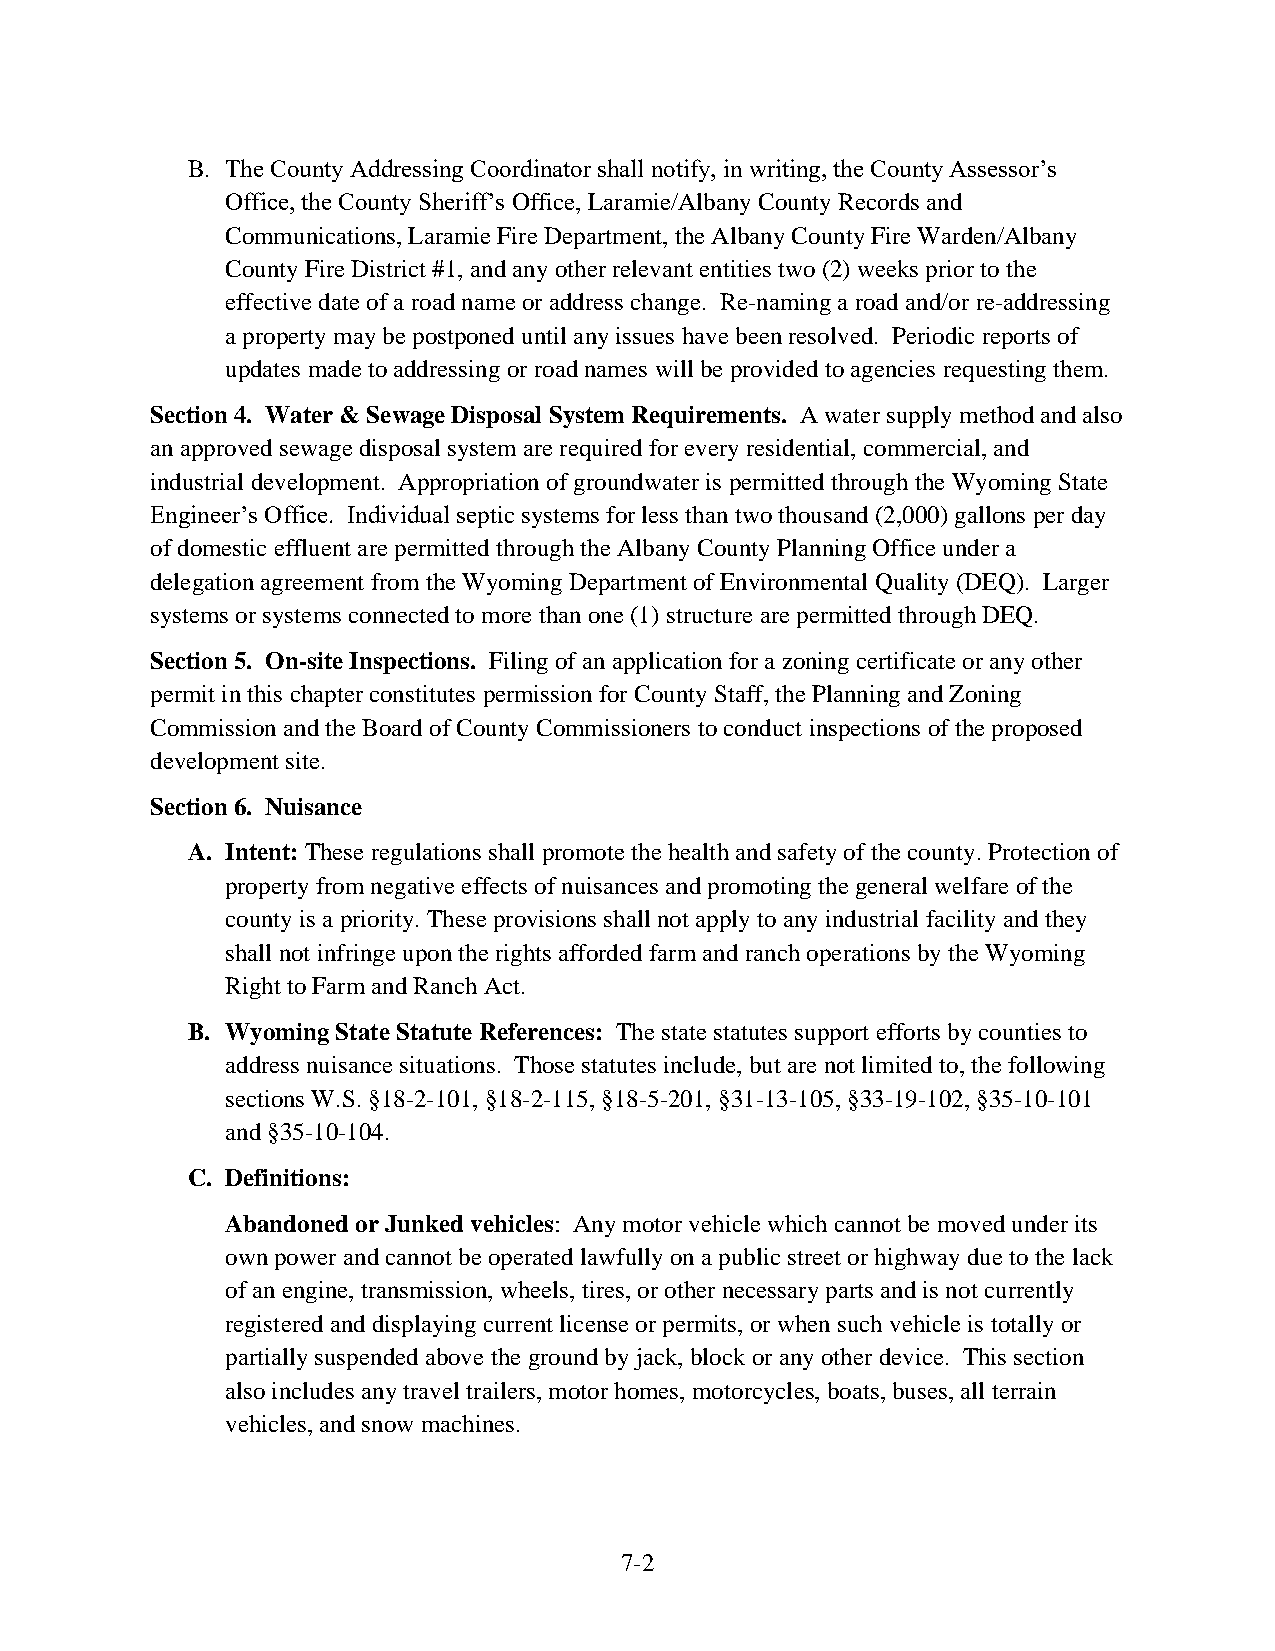
B. The County Addressing Coordinator shall notify, in writing, the County Assessor’s
 Office, the County Sheriff’s Office, Laramie/Albany County Records and
 Communications, Laramie Fire Department, the Albany County Fire Warden/Albany
 County Fire District #1, and any other relevant entities two (2) weeks prior to the
 effective date of a road name or address change. Re-naming a road and/or re-addressing
 a property may be postponed until any issues have been resolved. Periodic reports of
 updates made to addressing or road names will be provided to agencies requesting them.
 Section 4. Water & Sewage Disposal System Requirements. A water supply method and also
 an approved sewage disposal system are required for every residential, commercial, and
 industrial development. Appropriation of groundwater is permitted through the Wyoming State
 Engineer’s Office. Individual septic systems for less than two thousand (2,000) gallons per day
 of domestic effluent are permitted through the Albany County Planning Office under a
 delegation agreement from the Wyoming Department of Environmental Quality (DEQ). Larger
 systems or systems connected to more than one (1) structure are permitted through DEQ.
 Section 5. On-site Inspections. Filing of an application for a zoning certificate or any other
 permit in this chapter constitutes permission for County Staff, the Planning and Zoning
 Commission and the Board of County Commissioners to conduct inspections of the proposed
 development site.
 Section 6. Nuisance
 A. Intent: These regulations shall promote the health and safety of the county. Protection of
 property from negative effects of nuisances and promoting the general welfare of the
 county is a priority. These provisions shall not apply to any industrial facility and they
 shall not infringe upon the rights afforded farm and ranch operations by the Wyoming
 Right to Farm and Ranch Act.
 B. Wyoming State Statute References: The state statutes support efforts by counties to
 address nuisance situations. Those statutes include, but are not limited to, the following
 sections W.S. §18-2-101, §18-2-115, §18-5-201, §31-13-105, §33-19-102, §35-10-101
 and §35-10-104.
 C. Definitions:
 Abandoned or Junked vehicles: Any motor vehicle which cannot be moved under its
 own power and cannot be operated lawfully on a public street or highway due to the lack
 of an engine, transmission, wheels, tires, or other necessary parts and is not currently
 registered and displaying current license or permits, or when such vehicle is totally or
 partially suspended above the ground by jack, block or any other device. This section
 also includes any travel trailers, motor homes, motorcycles, boats, buses, all terrain
 vehicles, and snow machines.
 7-2